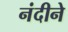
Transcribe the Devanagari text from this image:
नंदीने